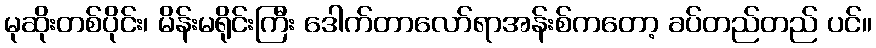
မုဆိုးတစ်ပိုင်း၊ မိန်းမရိုင်းကြီး ဒေါက်တာလော်ရာအန်းစ်ကတော့ ခပ်တည်တည် ပင်။